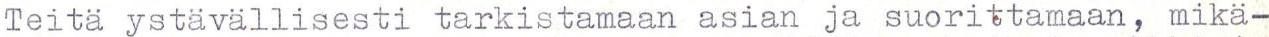
Teitä ystävällisesti tarkistamaan asian ja suorittamaan, mikä-